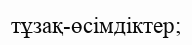
тұзақ-өсімдіктер;